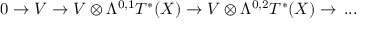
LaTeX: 0 \rightarrow V \rightarrow V \otimes \Lambda ^ { 0 , 1 } T ^ { * } ( X ) \rightarrow V \otimes \Lambda ^ { 0 , 2 } T ^ { * } ( X ) \rightarrow \, . . .